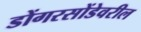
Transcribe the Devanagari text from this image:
डोंगरसोंडेवरील